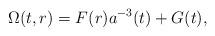
LaTeX: \begin{align*}\Omega(t,r) = F(r) a^{-3}(t) + G(t),\end{align*}